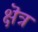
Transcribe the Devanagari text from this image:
क्षॆत्र